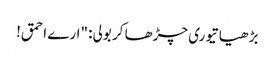
بڑھیا تیوری چڑھا کر بولی: "ارے احمق!